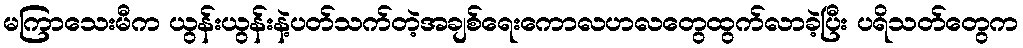
မကြာသေးမီက ယွန်းယွန်းနဲ့ပတ်သက်တဲ့အချစ်ရေးကောလဟလတွေထွက်လာခဲ့ပြီး ပရိသတ်တွေက